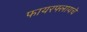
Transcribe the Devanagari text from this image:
फायरफ्लायचे